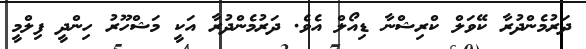
ދަރުމެންދުރާ ކޭވަލް ކްރިޝްނާ ޑިއޯލް އެވެ. ދަރުމެންދުރާ އަކީ މަޝްހޫރު ހިންދީ ފިލްމީ